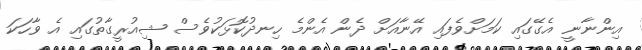
އިންނާނީ އެގޭގައި ކަމަށްވެފައި އޭނާއަށް ދެން އެންމެ ހިނދުކޮޅަކުވެސް ޝިއުރީގާތުގައި އެ ވާހަކަ